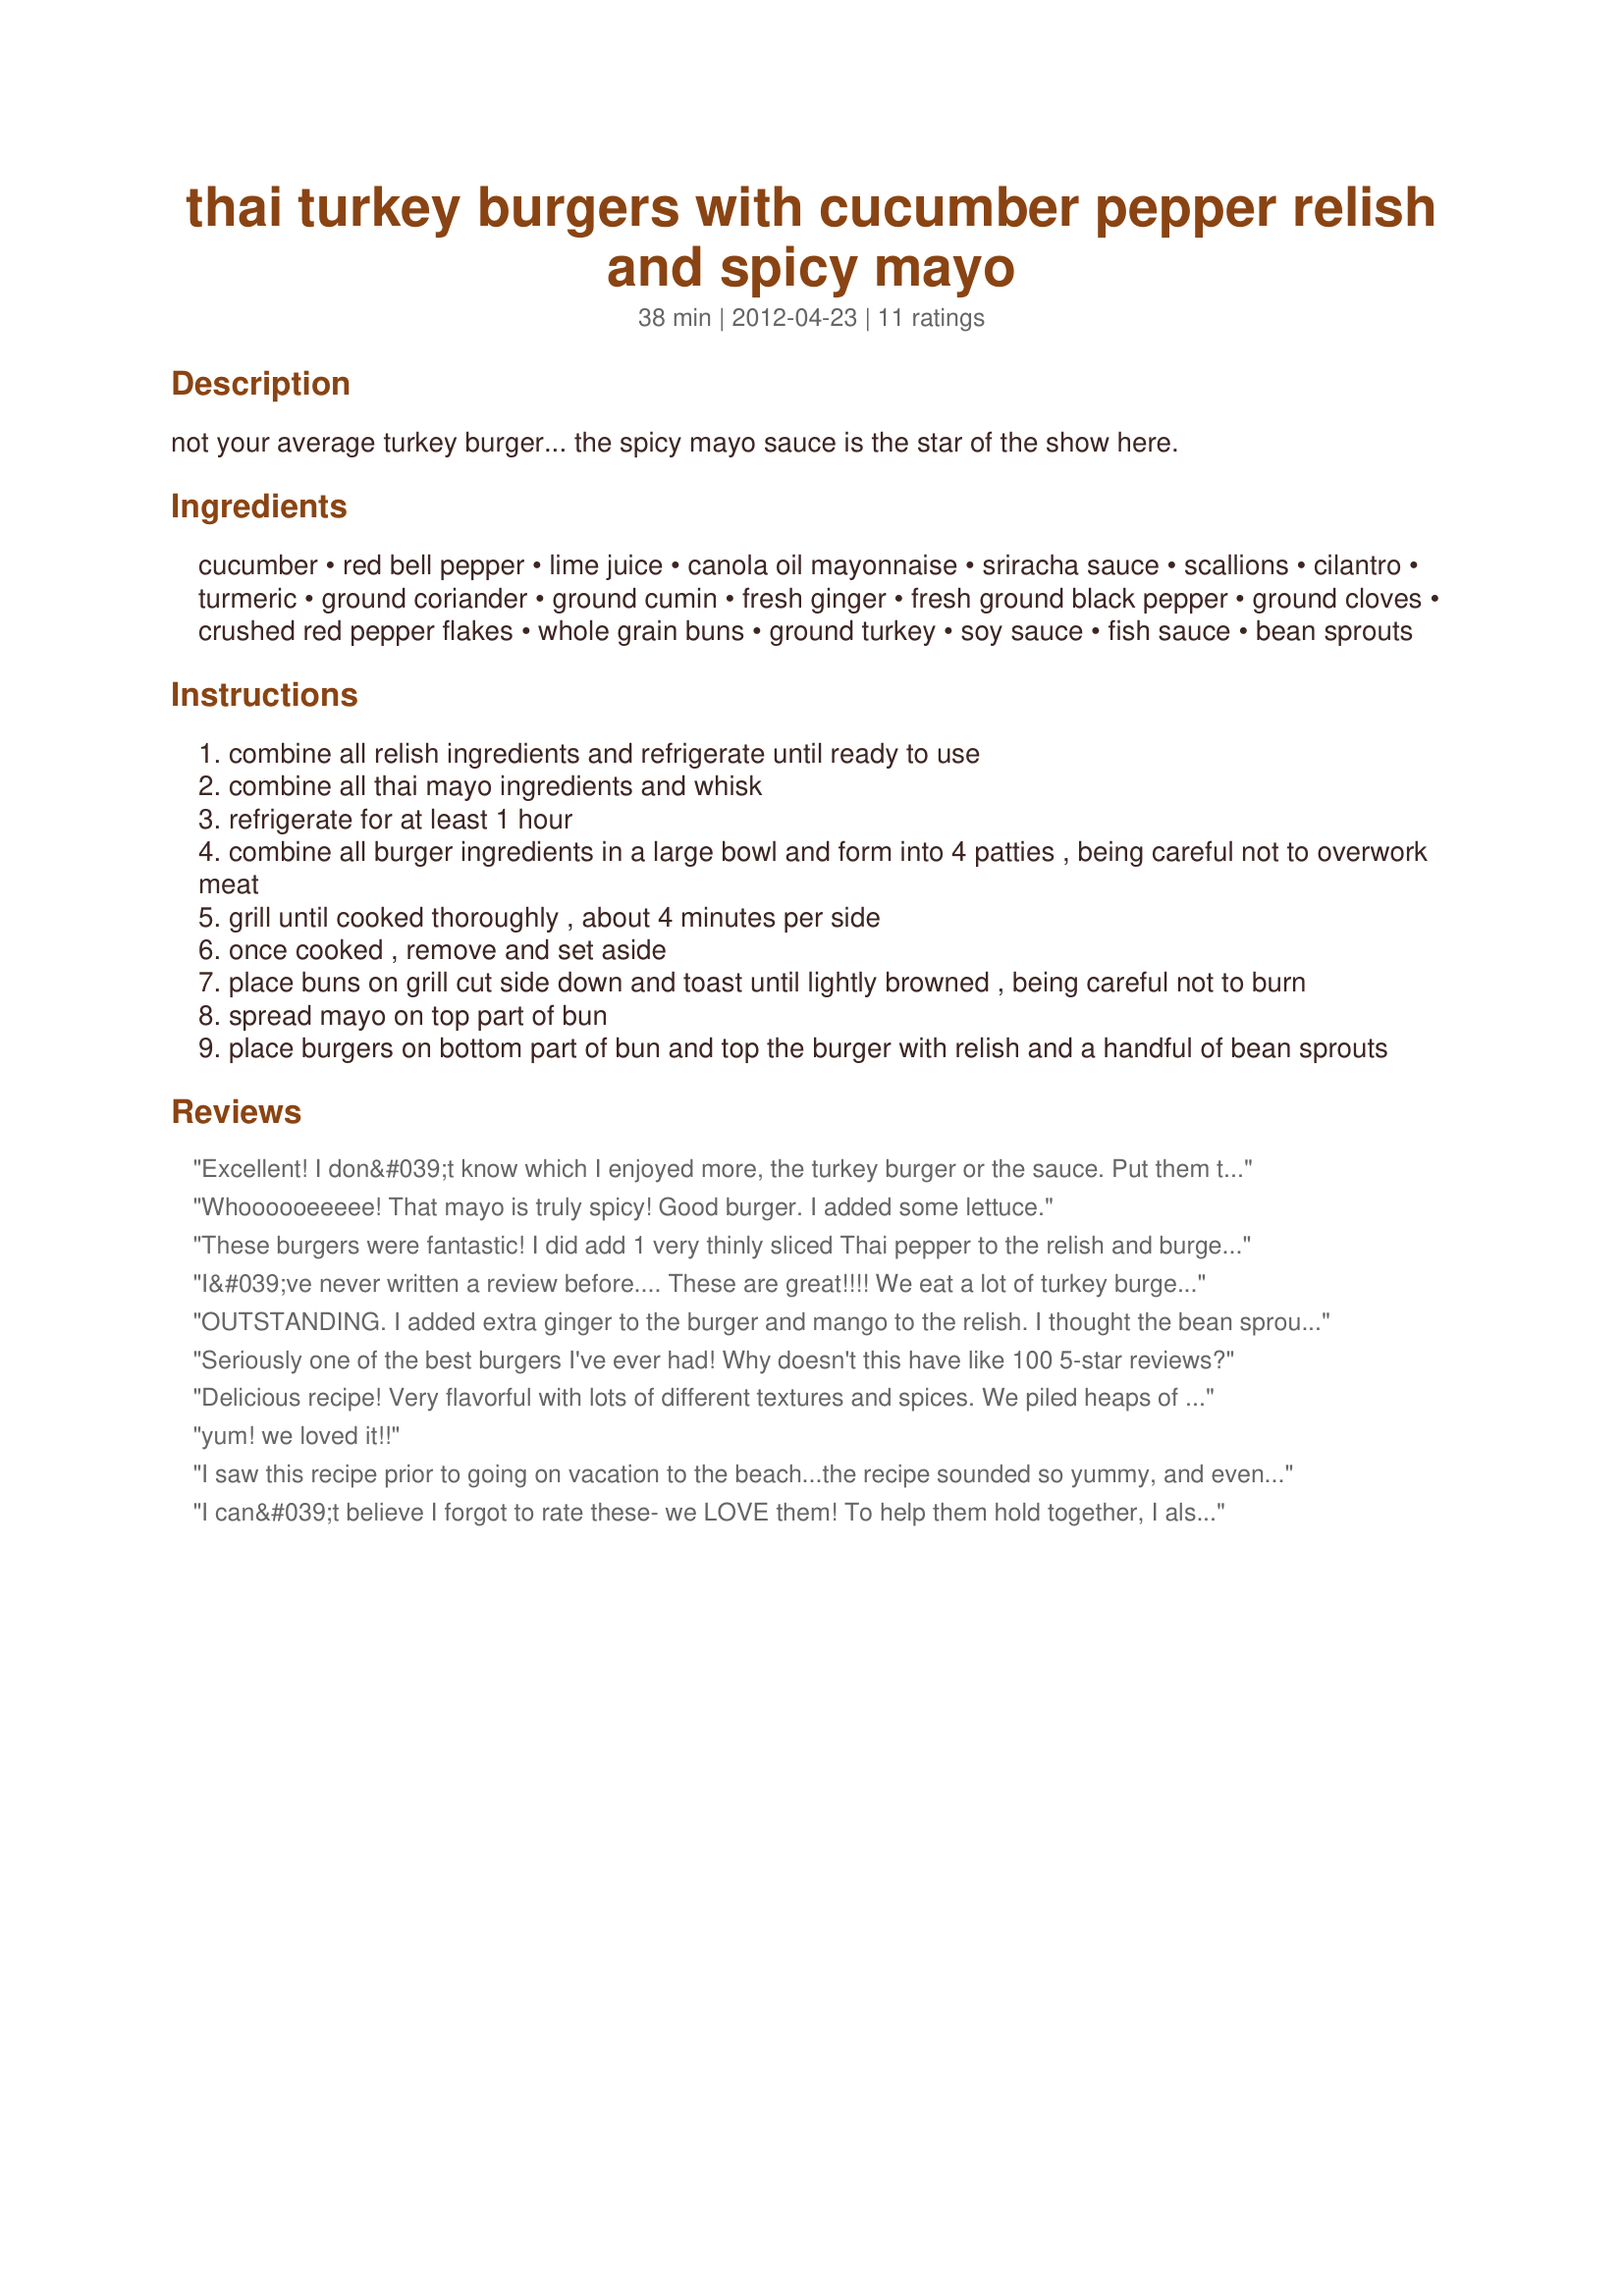
thai turkey burgers with cucumber pepper relish and spicy mayo
Preparation time: 38 minutes

not your average turkey burger... the spicy mayo sauce is the star of the show here.

Ingredients:
cucumber, red bell pepper, lime juice, canola oil mayonnaise, sriracha sauce, scallions, cilantro, turmeric, ground coriander, ground cumin, fresh ginger, fresh ground black pepper, ground cloves, crushed red pepper flakes, whole grain buns, ground turkey, soy sauce, fish sauce, bean sprouts

Steps:
combine all relish ingredients and refrigerate until ready to use
combine all thai mayo ingredients and whisk
refrigerate for at least 1 hour
combine all burger ingredients in a large bowl and form into 4 patties , being careful not to overwork meat
grill until cooked thoroughly , about 4 minutes per side
once cooked , remove and set aside
place buns on grill cut side down and toast until lightly browned , being careful not to burn
spread mayo on top part of bun
place burgers on bottom part of bun and top the burger with relish and a handful of bean sprouts

Reviews:
Excellent! I don&#039;t know which I enjoyed more, the turkey burger or the sauce. Put them together and it makes this recipe outstanding! This turkey burger is full of flavor and stays juicy. The sauce adds another layer of flavor and spice. I halved the sauce and it was a good amount. Thank you for a great, healthy recipe!!! Made for Spring 2013 PAC event.
Whoooooeeeee! That mayo is truly spicy! Good burger. I added some lettuce.
These burgers were fantastic! I did add 1 very thinly sliced Thai pepper to the relish and burger mix. No bean sprouts (not a fan). Shared with my Daughter & Son-in-Law. Rave reviews from them, too. Am making a larger repeat batch to share again. Love having them on hand for a quick satisfying meal. Thanks for sharing!
I&#039;ve never written a review before.... These are great!!!! We eat a lot of turkey burgers and this is going to be in the rotation.
OUTSTANDING. I added extra ginger to the burger and mango to the relish. I thought the bean sprouts were weird - but loved them. Kept burger moist!!! My only complaint is that its a very wet squishy burger and hard to grill.
Seriously one of the best burgers I've ever had! Why doesn't this have like 100 5-star reviews?
Delicious recipe! Very flavorful with lots of different textures and spices. We piled heaps of the relish and bean sprouts on our burgers, so they were really messy to eat. Next time, maybe we'll try them open-faced and eat with a fork. These burgers can definitely be served to company.
yum! we loved it!!
I saw this recipe prior to going on vacation to the beach...the recipe sounded so yummy, and even though I've never been a huge fan of ground turkey anything, these were incredible! I have since made them three more times...the crunch and tartness of the relish, combined with the flavor of the burger and the spicy mayo make this a party in your mouth. As long as you don't use a heap of mayo, it's a great (and low-fat, calorie) alternative to a beef burger, but you don't feel like you are missing a thing. I eat these without the bun, and I pair it with some sesame coleslaw and I want to lick my plate! Truly one of my favorite recipes of all time.
I can&#039;t believe I forgot to rate these- we LOVE them! To help them hold together, I also added some quick oats to the mix. Thanks!
So good! My boyfriend is usually a red meat eater but these turkey burgers were one of his favorite alternatives. I used greek yogurt instead of mayo for a healthier twist, and didn&#039;t have bean sprouts in the house so I subbed with spinach. Loved them!
